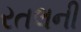
રતલની